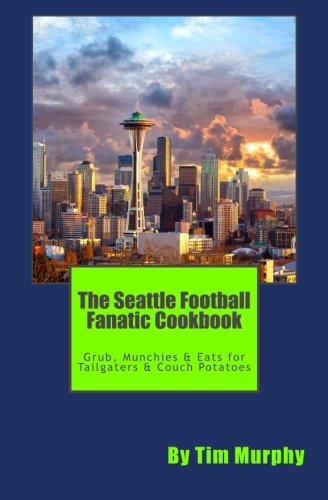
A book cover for The Seattle Football Fanatic Cookbook: Grub, Munchies & Eats for Tailgaters and Couch Potatoes (Cookbooks for Guys) (Volume 34); Tim Murphy; Cookbooks, Food & Wine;